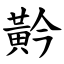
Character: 黅